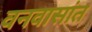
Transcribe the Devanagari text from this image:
वनवासांत